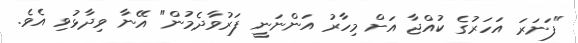
"ފަނަރަ އަހަރުގެ ކުއްޖާ އަށް މިހާރު އަންނަނީ ފަރުވާދެމުން" އޭނާ ވިދާޅުވި އެވެ.